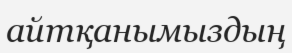
айтқанымыздың